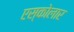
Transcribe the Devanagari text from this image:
एस्कोलार